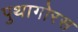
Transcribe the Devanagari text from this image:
पुथागोरस